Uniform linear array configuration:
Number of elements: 8
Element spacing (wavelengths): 1
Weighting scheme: hann
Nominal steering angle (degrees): -30
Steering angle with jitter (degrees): -28.515
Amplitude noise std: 0.05
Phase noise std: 0.05

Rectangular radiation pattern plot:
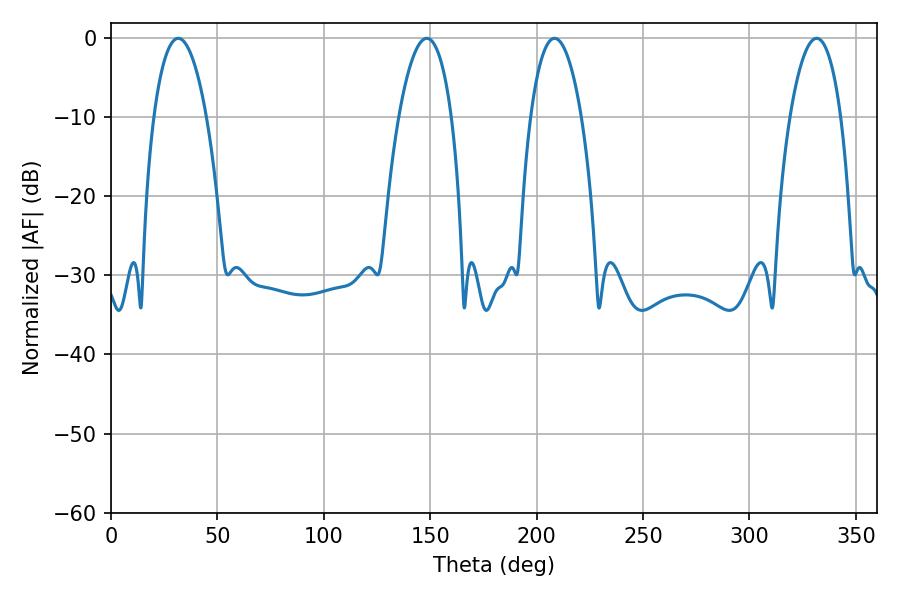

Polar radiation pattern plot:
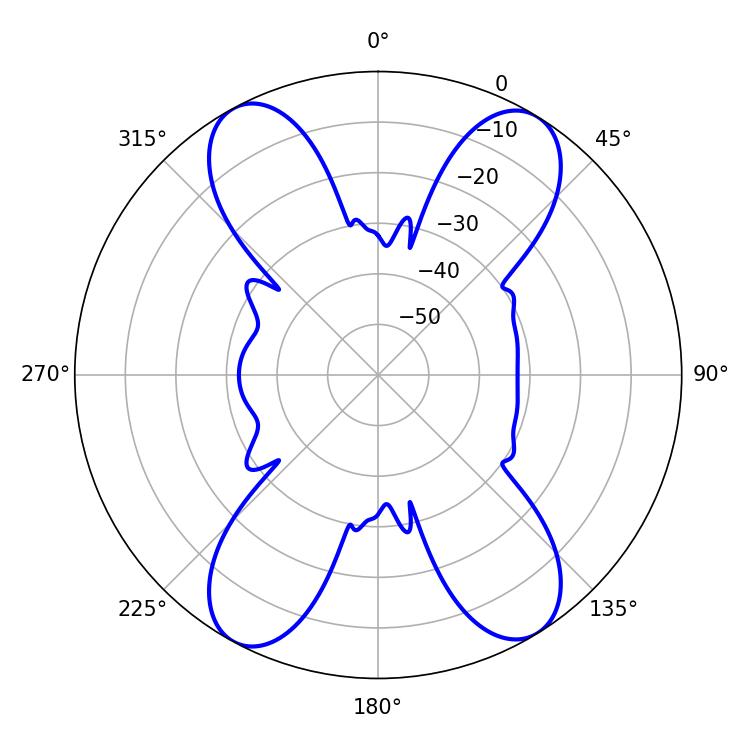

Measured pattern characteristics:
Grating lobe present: TRUE
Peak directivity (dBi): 17.707
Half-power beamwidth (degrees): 13.32
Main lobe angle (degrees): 208.44